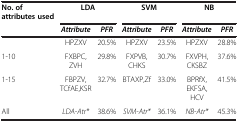
| No. of attributes used | <COLSPAN=2> LDA | <COLSPAN=2> SVM | <COLSPAN=2> NB |
 |  | Attribute | PFR | Attribute | PFR | Attribute | PFR |
 | --- | --- | --- | --- | --- | --- | --- |
 |  | HPZXV | 20.5% | HPZXV | 23.5% | HPZXV | 28.8% |
 | 1-10 | FXBPC,ZVH | 29.8% | FXPVB,CHKS | 30.7% | FXVPH,CKSBZ | 37.6% |
 | 1-15 | FBPZV,TCfAE,KSR | 32.7% | BTAXP,Zf | 33.0% | BPRfX,EKFSA,HCV | 41.5% |
 | All | LDA-Atr* | 38.6% | SVM-Atr* | 36.1% | NB-Atr* | 45.3% |